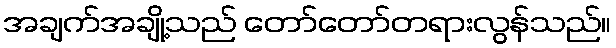
အချက်အချို့သည် တော်တော်တရားလွန်သည်။